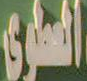
الساري